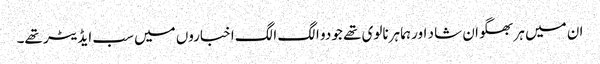
ان میں ہر بھگوان شا د اور ہما ہرنالوی تھے جو دو الگ الگ اخباروں میں سب ایڈیٹر تھے۔